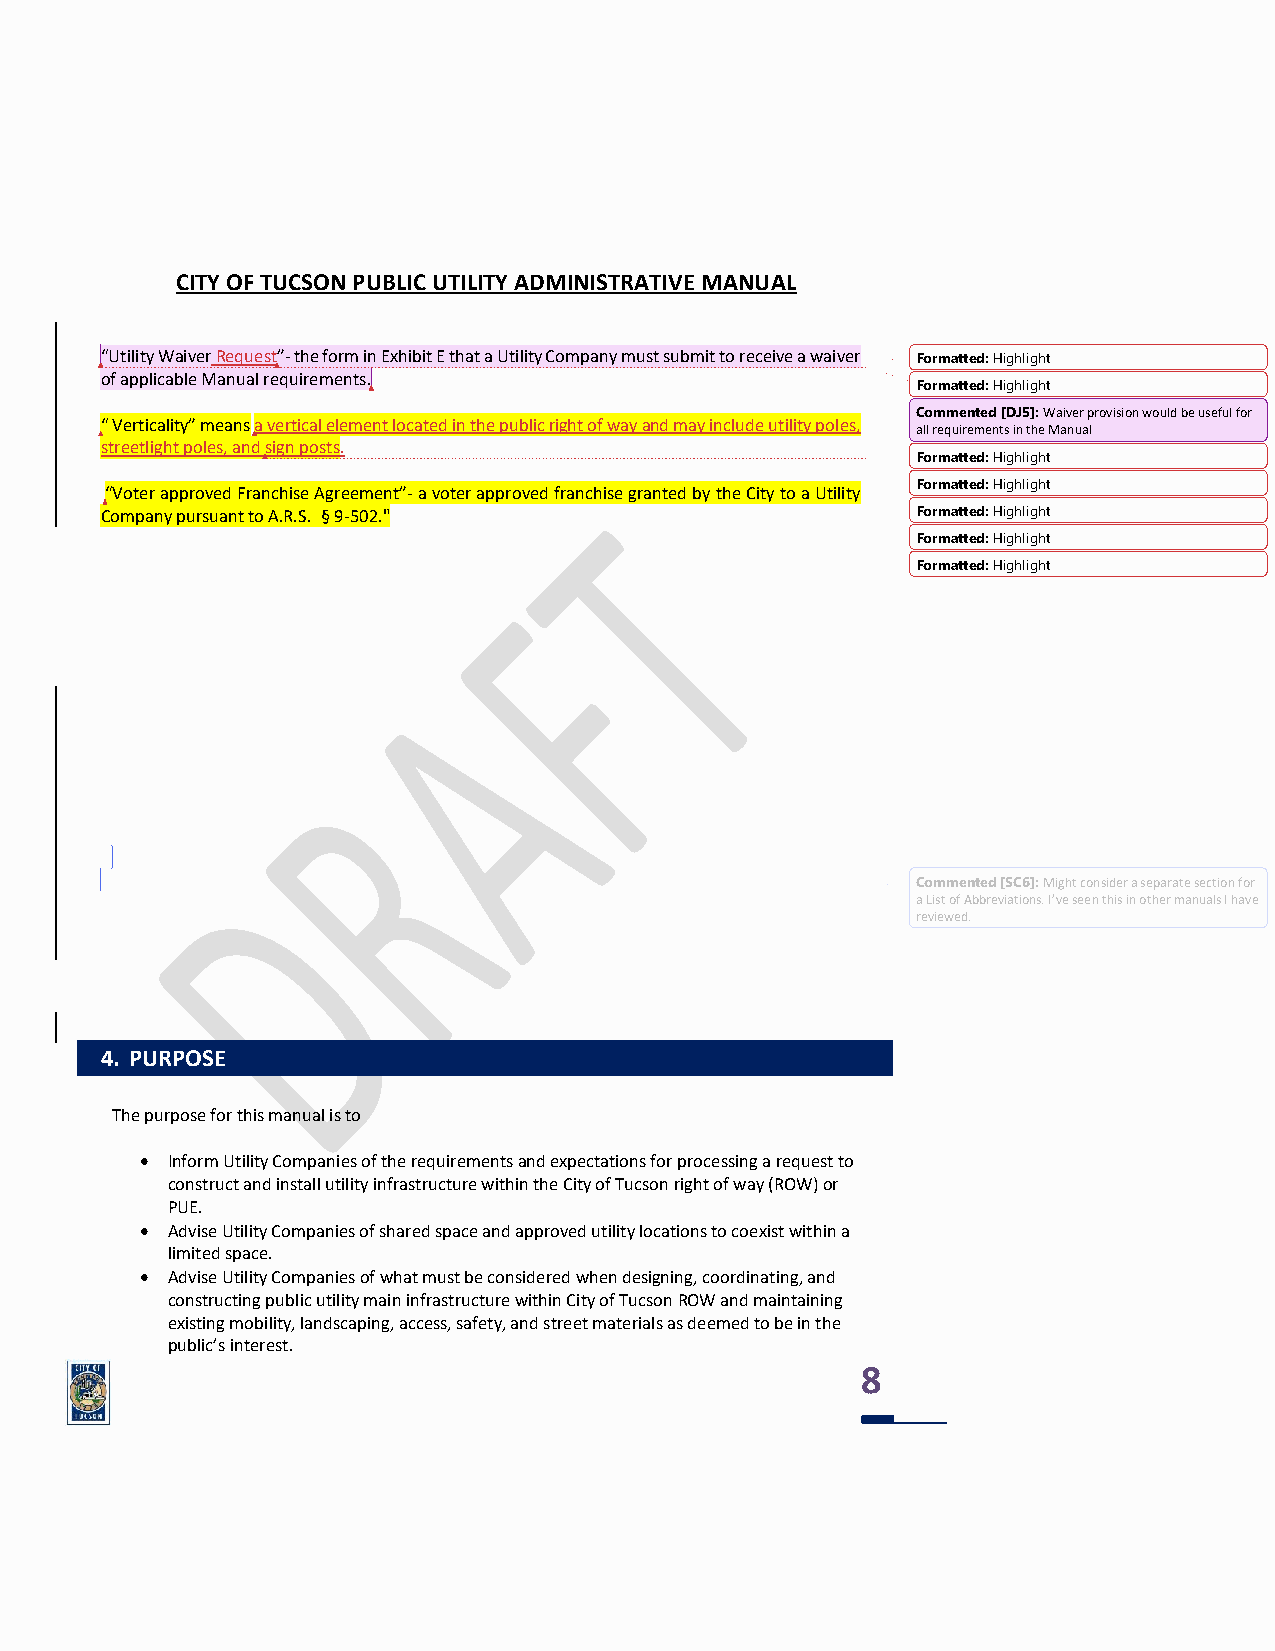
CITY OF TUCSON PUBLIC UTILITY ADMINISTRATIVE MANUAL
 “Utility Waiver Request”- the form in Exhibit E that a Utility Company must submit to receive a waiver Formatted: Highlight
 of applicable Manual requirements.
 Formatted: Highlight
 Commented [DJ5]: Waiver provision would be useful for
 “ Verticality” means a vertical element located in the public right of way and may include utility poles,
 all requirements in the Manual
 streetlight poles, and sign posts.
 Formatted: Highlight
 Formatted: Highlight
 “Voter approved Franchise Agreement”- a voter approved franchise granted by the City to a Utility
 Company pursuant to A.R.S. § 9-502."                  Formatted: Highlight
 Formatted: Highlight
 Formatted: Highlight
 Commented [SC6]: Might consider a separate section for
 a List of Abbreviations. I’ve seen this in other manuals I have
 reviewed.
 4. PURPOSE
 The purpose for this manual is to
 • Inform Utility Companies of the requirements and expectations for processing a request to
 construct and install utility infrastructure within the City of Tucson right of way (ROW) or
 PUE.
 • Advise Utility Companies of shared space and approved utility locations to coexist within a
 limited space.
 • Advise Utility Companies of what must be considered when designing, coordinating, and
 constructing public utility main infrastructure within City of Tucson ROW and maintaining
 existing mobility, landscaping, access, safety, and street materials as deemed to be in the
 public’s interest.
 8